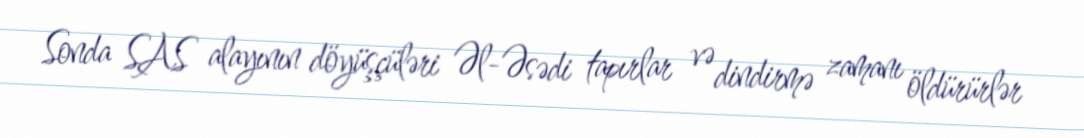
Sonda SAS alayının döyüşçüləri Əl-Əsədi tapırlar və dindirmə zamanı öldürürlər